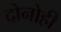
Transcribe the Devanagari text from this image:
दोनोही